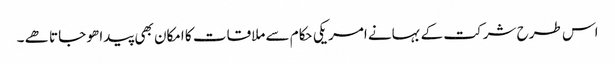
اس طرح شرکت کے بہانے امریکی حکام سے ملاقات کا امکان بھی پیدا ھو جاتا ھے ۔